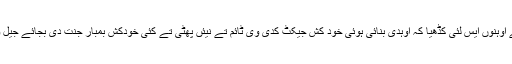
دوجے گروپ نے اوہنوں ایس لئی کڈھیا کہ اوہدی بنائی ہوئی خود کش جیکٹ کدی وی ٹائم تے نیئں پھٹی تے کئی خودکش بمبار جنت دی بجائے جیل وچ اپڑ گئے سن ۔